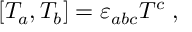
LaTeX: [ T _ { a } , T _ { b } ] = \varepsilon _ { a b c } T ^ { c } \; ,